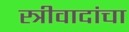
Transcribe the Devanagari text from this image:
स्त्रीवादांचा